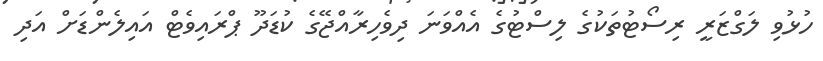
ހުޅުވި ލަގްޒަރީ ރިސޯޓުތަކުގެ ލިސްޓުގެ އެއްވަނަ ދިވެހިރާއްޖޭގެ ކުޑަދޫ ޕްރައިވެޓް އައިލެންޑަށް އަދި